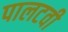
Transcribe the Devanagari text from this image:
पालटवी